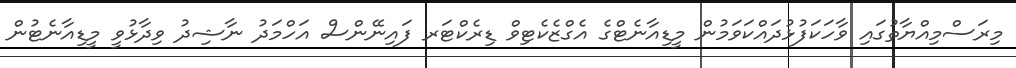
މިރަސްމިއްޔާތުގައި ވާހަކަފުޅުދައްކަވަމުން މީޑިއާނެޓްގެ އެގްޒެކެޓިވް ޑިރެކްޓަރ ފައިނޭންސް އަހްމަދު ނާޝިދު ވިދާޅުވީ މީޑިއާނެޓުން